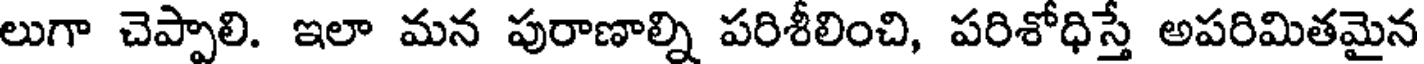
లుగా చెప్పాలి. ఇలా మన పురాణాల్ని పరిశీలించి, పరిశోధిస్తే అపరిమితమైన